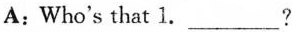
A: Who's that l.___?